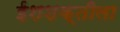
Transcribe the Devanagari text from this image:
ईशशक्तीला